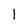
Character: 1